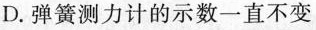
D.弹簧测力计的示数一直不变